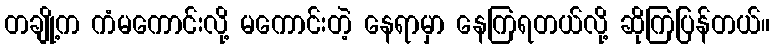
တချို့က ကံမကောင်းလို့ မကောင်းတဲ့ နေရာမှာ နေကြရတယ်လို့ ဆိုကြပြန်တယ်။